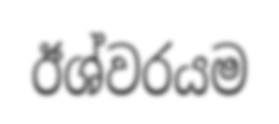
ඊශ්වරයම